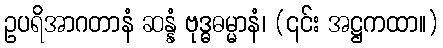
ဥပရိအာဂတာနံ ဆန္နံ ဗုဒ္ဓဓမ္မာနံ၊ (၎င်း အဋ္ဌကထာ။)